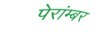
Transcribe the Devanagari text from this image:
पेरांम्बर